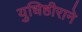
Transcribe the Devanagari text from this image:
युधिष्ठीराने